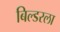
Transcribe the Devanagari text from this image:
बिल्डरला